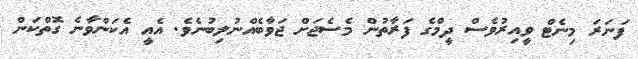
ފަނަރަ މިނެޓް ވީއިރުވެސް ދީމްގެ ފަރާތުން މެސެޖަށް ޖަވާބެއްނުލިބުނެވެ. އެއީ އެކަންވާނެ ގޮތްކަން